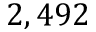
2 , 4 9 2